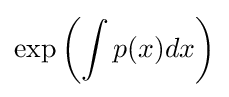
\exp \left(\int p(x)dx\right)